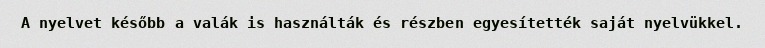
A nyelvet később a valák is használták és részben egyesítették saját nyelvükkel.